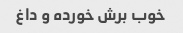
خوب برش خورده و داغ